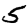
Digit: 5